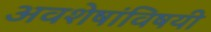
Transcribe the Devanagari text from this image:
अवशेषांविषयी